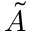
\tilde { A }